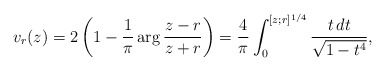
\begin{align*}v_r(z) = 2 \left(1 - \frac{1}{\pi} \arg\frac{z-r}{z+r}\right) = \frac{4}{\pi} \int_0^{[z;r]^{1/4}} \frac{t\, dt}{\sqrt{1-t^4}},\end{align*}